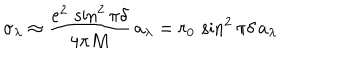
\sigma _ { \lambda } \approx { \frac { e ^ { 2 } \, \sin ^ { 2 } \pi \delta } { 4 \pi M } } \, a _ { \lambda } = r _ { 0 } \, \sin ^ { 2 } \pi \delta \, a _ { \lambda }